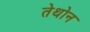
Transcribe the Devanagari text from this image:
तेथोन